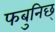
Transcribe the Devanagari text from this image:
फबुनिछ्